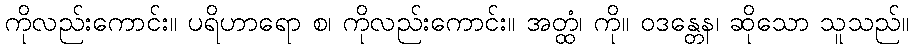
ကိုလည်းကောင်း။ ပရိဟာရော စ၊ ကိုလည်းကောင်း။ အတ္ထံ၊ ကို။ ဝဒန္တေန၊ ဆိုသော သူသည်။